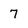
Character: 7